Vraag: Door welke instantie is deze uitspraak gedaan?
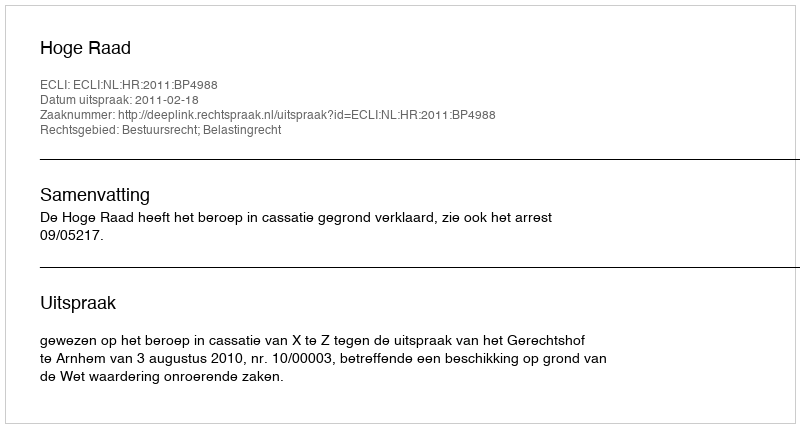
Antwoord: Hoge Raad